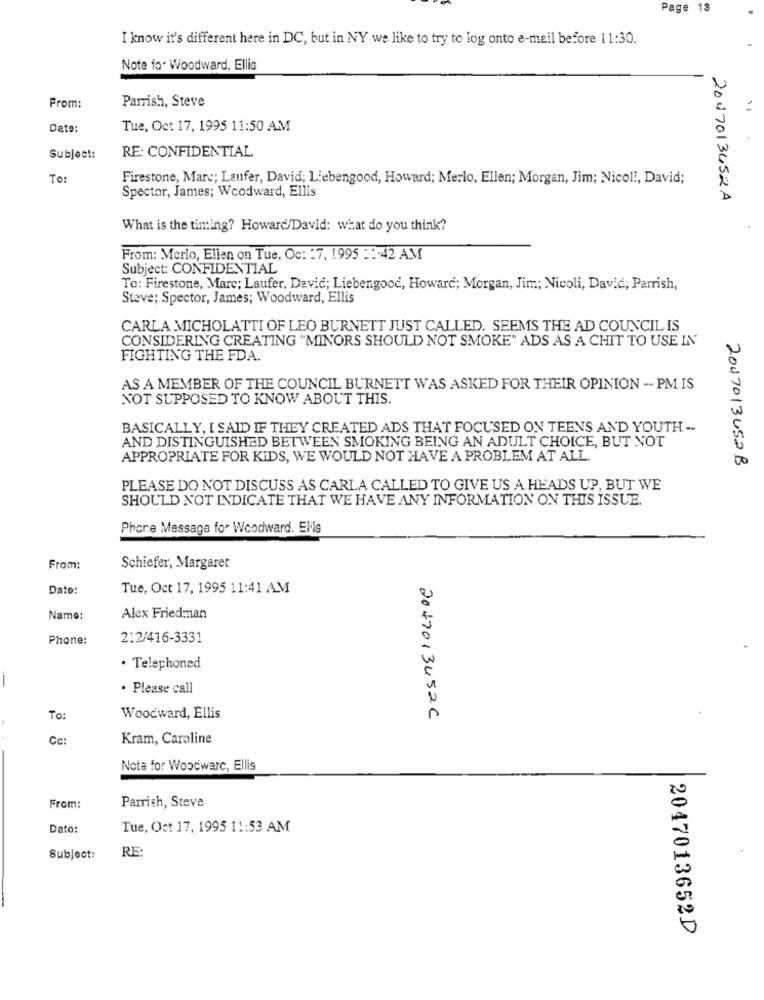
Page 13
I know it's different here in DC, but in NY we like to try to log onto e-mail before 11:30.
Note fo. Woodward, Ellis
From:
Parrish, Steve
Date:
Tue, Oct 17, 1995 11:50 AM
RE: CONFIDENTIAL
Subject:
To:
Firestone, Mare; Laufer, David; Liebengood, Howard; Merlo, Ellen; Morgan, Jim; Nicol !, David;
Spector, James; Woodward, Ellis
2047013452A
What is the timing? Howare/David: what do you think?
From: Merlo, Elien on Tue, Oc: : 7, 1995 ::: 42 AM
Subject: CONFIDENTIAL
To: Firestone, Marc; Laufer, David; Liebengood, Howard; Morgan, Jim; Nicoli, David; Parrish,
Steve; Spector, James; Woodward, Ellis
CARLA MICHOLATTI OF LEO BURNETT JUST CALLED. SEEMS THE AD COUNCIL IS
CONSIDERING CREATING "MINORS SHOULD NOT SMOKE" ADS AS A CHIT TO USE IN'
FIGHTING THE FDA.
AS A MEMBER OF THE COUNCIL BURNETT WAS ASKED FOR THEIR OPINION -- PM IS
NOT SUPPOSED TO KNOW ABOUT THIS.
BASICALLY, I SAID IF THEY CREATED ADS THAT FOCUSED ON TEENS AND YOUTH --
AND DISTINGUISHED BETWEEN SMOKING BEING AN ADULT CHOICE, BUT NOT
APPROPRIATE FOR KIDS, WE WOULD NOT HAVE A PROBLEM AT ALL.
2047013452B
PLEASE DO NOT DISCUSS AS CARLA CALLED TO GIVE US A HEADS UP, BUT WE
SHOULD NOT INDICATE THAT WE HAVE ANY INFORMATION ON THIS ISSUE.
Phore Message for Woodward. Elvis
From:
Schiefer, Margaret
Date:
Tue, Oct 17, 1995 11:41 AM
Name:
Alex Friedman
Phone:
212/416-3331
· Telephoned
· Please call
To:
Woodward, Ellis
20470134526
Cc:
Kram, Caroline
Nota for Woodwarc, Ellis
Parrish, Steve
From:
Dato:
Tue, Oct 17, 1995 11:53 AM
Subject:
RE:
2047013652D